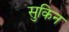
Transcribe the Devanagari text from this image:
सुकिन